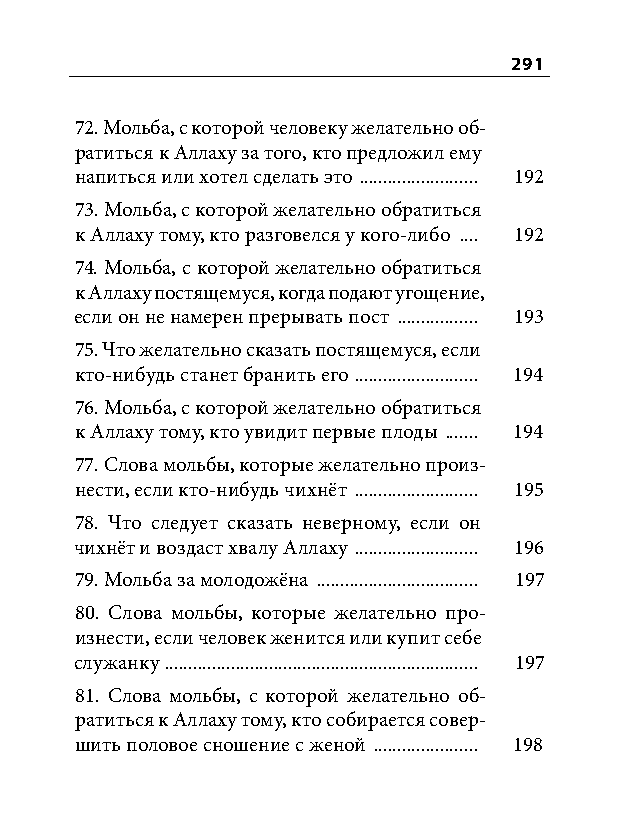
291
 72. Мольба, с которой человеку желательно об-
 ратиться к Аллаху за того, кто предложил ему
 напиться или хотел сделать это ......................... 192
 73. Мольба, с которой желательно обратиться
 к Аллаху тому, кто разговелся у кого-либо .... 192
 74. Мольба, с которой желательно обратиться
 к Аллаху постящемуся, когда подают угощение,
 если он не намерен прерывать пост ................. 193
 75. Что желательно сказать постящемуся, если
 кто-нибудь станет бранить его .......................... 194
 76. Мольба, с которой желательно обратиться
 к Аллаху тому, кто увидит первые плоды ....... 194
 77. Слова мольбы, которые желательно произ-
 нести, если кто-нибудь чихнёт .......................... 195
 78. Что следует сказать неверному, если он
 чихнёт и воздаст хвалу Аллаху .......................... 196
 79. Мольба за молодожёна .................................. 197
 80. Слова мольбы, которые желательно про-
 изнести, если человек женится или купит себе
 служанку .................................................................. 197
 81. Слова мольбы, с которой желательно об-
 ратиться к Аллаху тому, кто собирается совер-
 шить половое сношение с женой ...................... 198